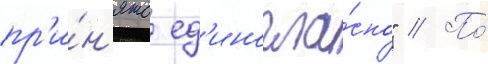
пр'и́н'ято ед'иногла́сно" // По́